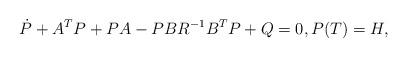
LaTeX: \begin{align*}\dot P+A^TP+PA-PBR^{-1}B^TP+Q=0, P(T)=H,\end{align*}